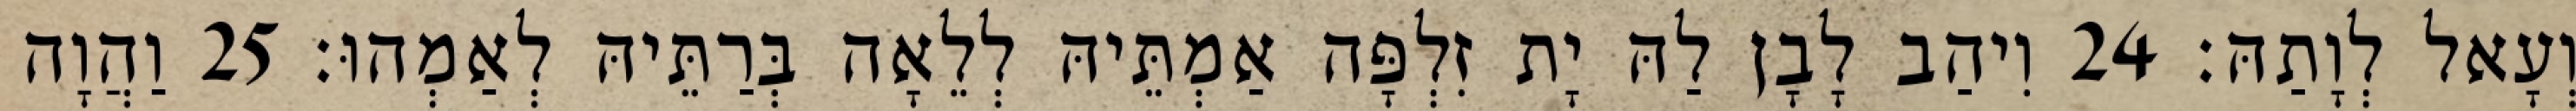
וְעָאל לְוָתַהּ׃ 24 וִיהַב לָבָן לַהּ יָת זִלְפָּה אַמְתֵּיהּ לְלֵאָה בְּרַתֵּיהּ לְאַמְהוּ׃ 25 וַהֲוָה